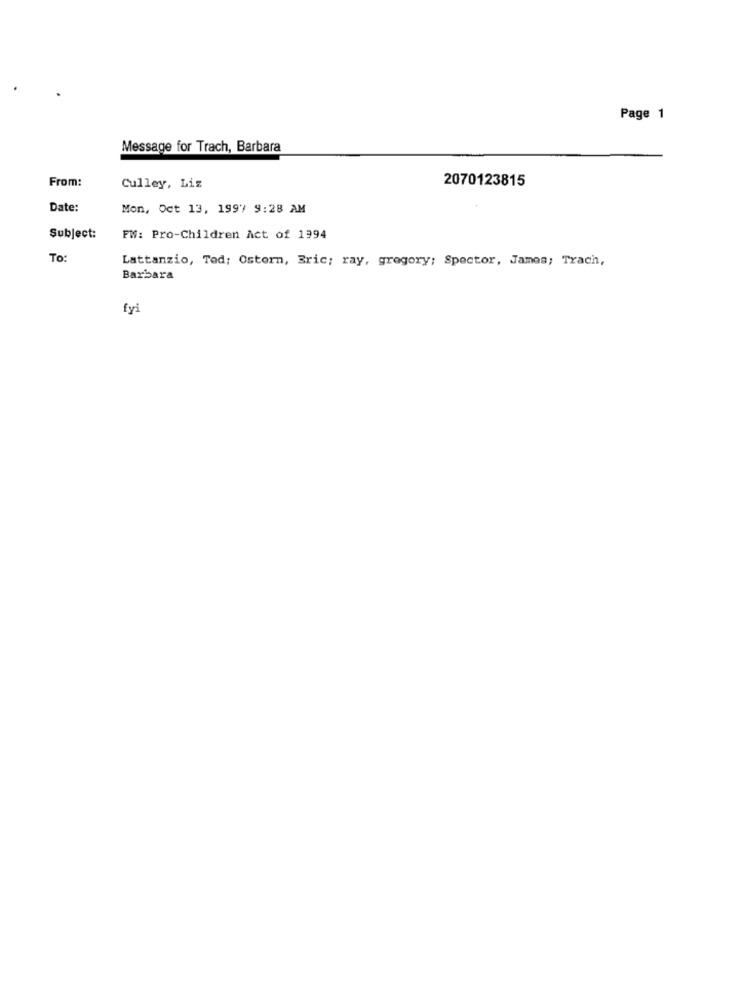
Page 1
Message for Trach, Barbara
From:
2070123815
Culley, Liz
Date:
Mon, Oct 13, 1997 9:28 AM
Subject:
FW: Pro-Children Act of 1994
To:
Lattanzio, Ted; Ostern, Eric; ray, gregory; Spector, James; Trach,
Barbara
fyi